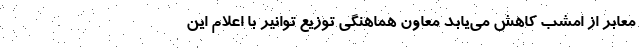
معابر از امشب کاهش می‌یابد معاون هماهنگی توزیع توانیر با اعلام این